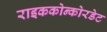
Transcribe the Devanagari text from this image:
राइककोन्कोरडेट